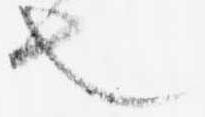
也